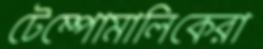
টেম্পোমালিকেরা